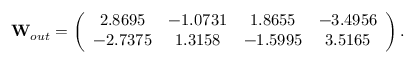
\mathbf { W } _ { o u t } = \left( \begin{array} { c c c c } { 2 . 8 6 9 5 } & { - 1 . 0 7 3 1 } & { 1 . 8 6 5 5 } & { - 3 . 4 9 5 6 } \\ { - 2 . 7 3 7 5 } & { 1 . 3 1 5 8 } & { - 1 . 5 9 9 5 } & { 3 . 5 1 6 5 } \end{array} \right) .